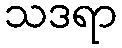
သဒရာ